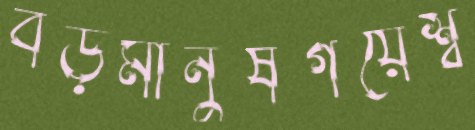
বড়মানুষগয়েশ্ব